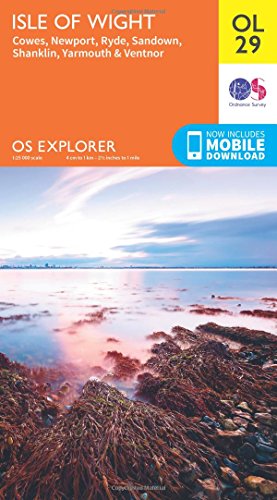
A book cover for Isle of Wight, Cowes, Newport, Ryde, Sandown, Shanklin, Yarmouth & Ventnor (OS Explorer Map); Ordnance Survey; Travel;